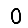
Digit: 0